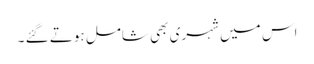
اس میں شہری بھی شامل ہوتے گئے ۔